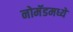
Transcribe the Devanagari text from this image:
नोमॅडमध्ये